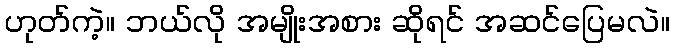
ဟုတ်ကဲ့။ ဘယ်လို အမျိုးအစား ဆိုရင် အဆင်ပြေမလဲ။